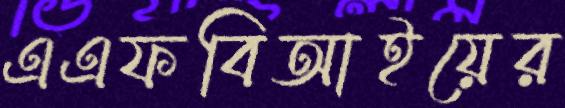
এএফবিআইয়ের